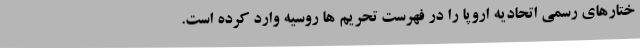
ختارهای رسمی اتحادیه اروپا را در فهرست تحریم ها روسیه وارد کرده است.